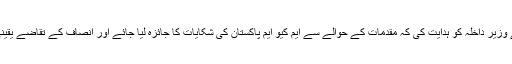
وزیرِ اعظم نے وزیرِ داخلہ کو ہدایت کی کہ مقدمات کے حوالے سے ایم کیو ایم پاکستان کی شکایات کا جائزہ لیا جائے اور انصاف کے تقاضے یقینی بنائے جائیں۔